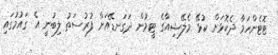
ޓޮޓެންހަމާ ދެކޮޅަށް ކުޅޭ މެލޭޝިއާގެ ޓީމުން ދަގަނޑޭއަށް ފުރުސަތު ލިބުނީ އެ ގައުމުގައި